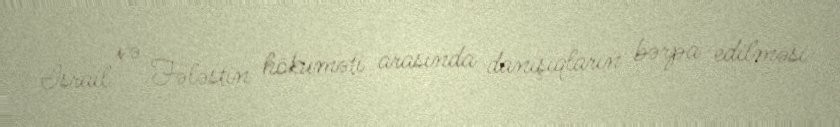
İsrail və Fələstin hökuməti arasında danışıqların bərpa edilməsi